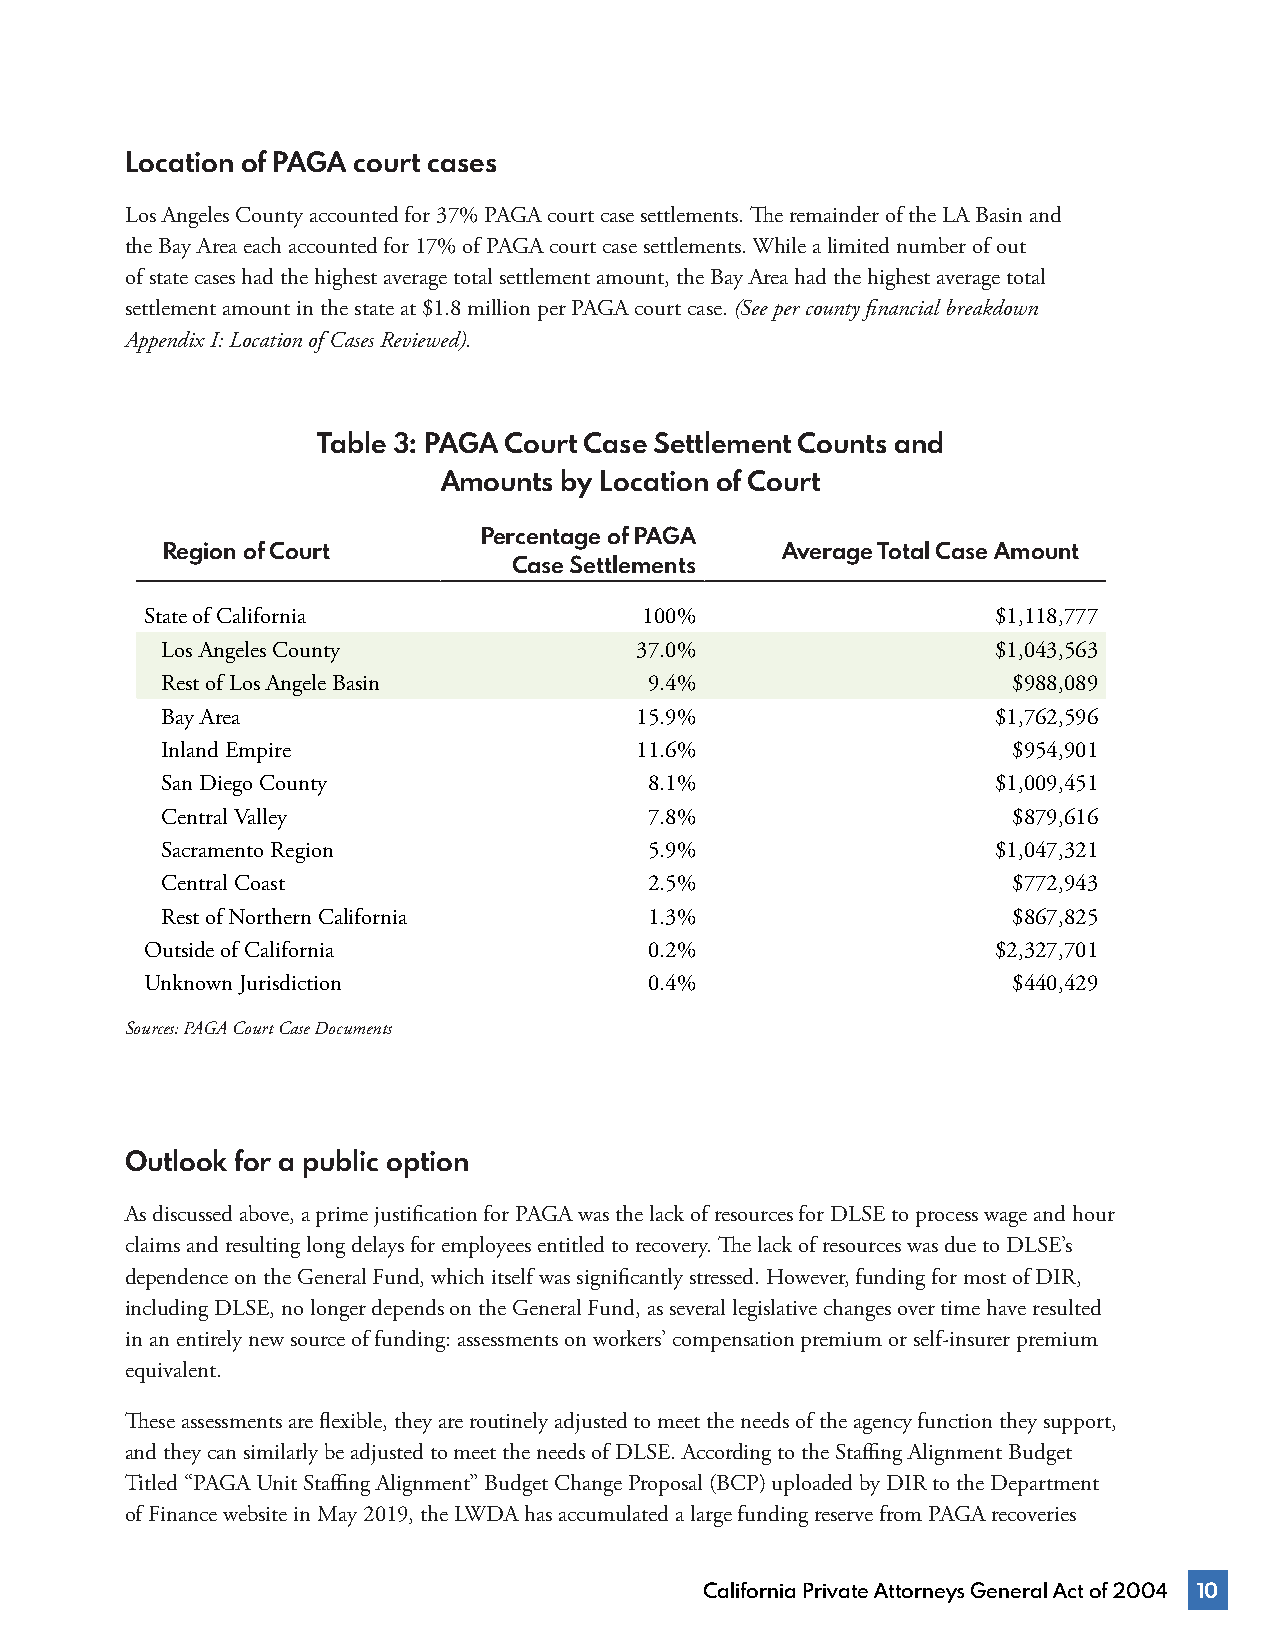
Location of PAGA court cases
 Los Angeles County accounted for 37% PAGA court case settlements. The remainder of the LA Basin and
 the Bay Area each accounted for 17% of PAGA court case settlements. While a limited number of out
 of state cases had the highest average total settlement amount, the Bay Area had the highest average total
 settlement amount in the state at $1.8 million per PAGA court case. (See per county financial breakdown
 Appendix I: Location of Cases Reviewed).
 Table 3: PAGA Court Case Settlement Counts and
 Amounts by Location of Court
 Percentage of PAGA
 Region of Court                          Average Total Case Amount
 Case Settlements
 State of California              100%                   $1,118,777
 Los Angeles County             37.0%                   $1,043,563
 Rest of Los Angele Basin        9.4%                    $988,089
 Bay Area                       15.9%                   $1,762,596
 Inland Empire                  11.6%                    $954,901
 San Diego County                8.1%                   $1,009,451
 Central Valley                  7.8%                    $879,616
 Sacramento Region               5.9%                   $1,047,321
 Central Coast                   2.5%                    $772,943
 Rest of Northern California     1.3%                    $867,825
 Outside of California            0.2%                   $2,327,701
 Unknown Jurisdiction             0.4%                    $440,429
 Sources: PAGA Court Case Documents
 Outlook for a public option
 As discussed above, a prime justification for PAGA was the lack of resources for DLSE to process wage and hour
 claims and resulting long delays for employees entitled to recovery. The lack of resources was due to DLSE’s
 dependence on the General Fund, which itself was significantly stressed. However, funding for most of DIR,
 including DLSE, no longer depends on the General Fund, as several legislative changes over time have resulted
 in an entirely new source of funding: assessments on workers’ compensation premium or self-insurer premium
 equivalent.
 These assessments are flexible, they are routinely adjusted to meet the needs of the agency function they support,
 and they can similarly be adjusted to meet the needs of DLSE. According to the Staffing Alignment Budget
 Titled “PAGA Unit Staffing Alignment” Budget Change Proposal (BCP) uploaded by DIR to the Department
 of Finance website in May 2019, the LWDA has accumulated a large funding reserve from PAGA recoveries
 California Private Attorneys General Act of 2004 10